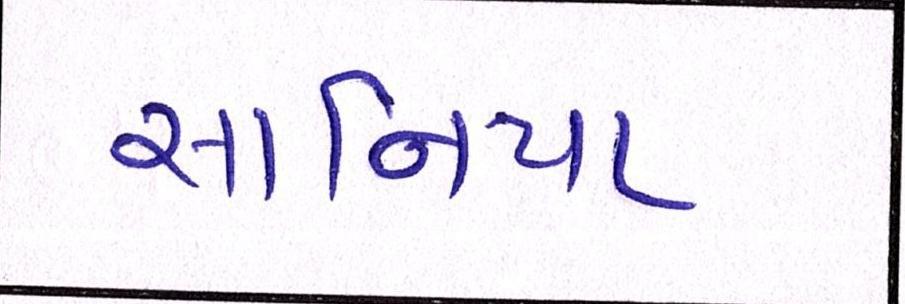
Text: સાનિયા